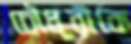
চৌধূরীকে